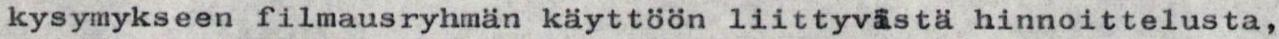
kysymykseen filmausryhmän käyttöön liittyvästä hinnoittelusta,